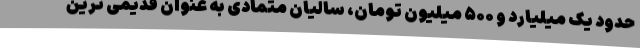
حدود یک میلیارد و ۵۰۰ میلیون تومان، سالیان متمادی به عنوان قدیمی ترین